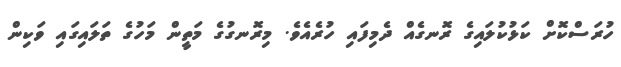
ހުރަސްކޮށް ކަޅުކުލައިގެ ރޮނގެއް ދެމިފައި ހުރެއެވެ. މިރޮނގުގެ މަތީން މަހުގެ ތަލައިގައި ވަކިން